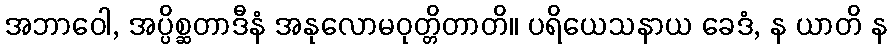
အဘာဝေါ, အပ္ပိစ္ဆတာဒီနံ အနုလောမဝုတ္တိတာတိ။ ပရိယေသနာယ ခေဒံ, န ယာတိ န